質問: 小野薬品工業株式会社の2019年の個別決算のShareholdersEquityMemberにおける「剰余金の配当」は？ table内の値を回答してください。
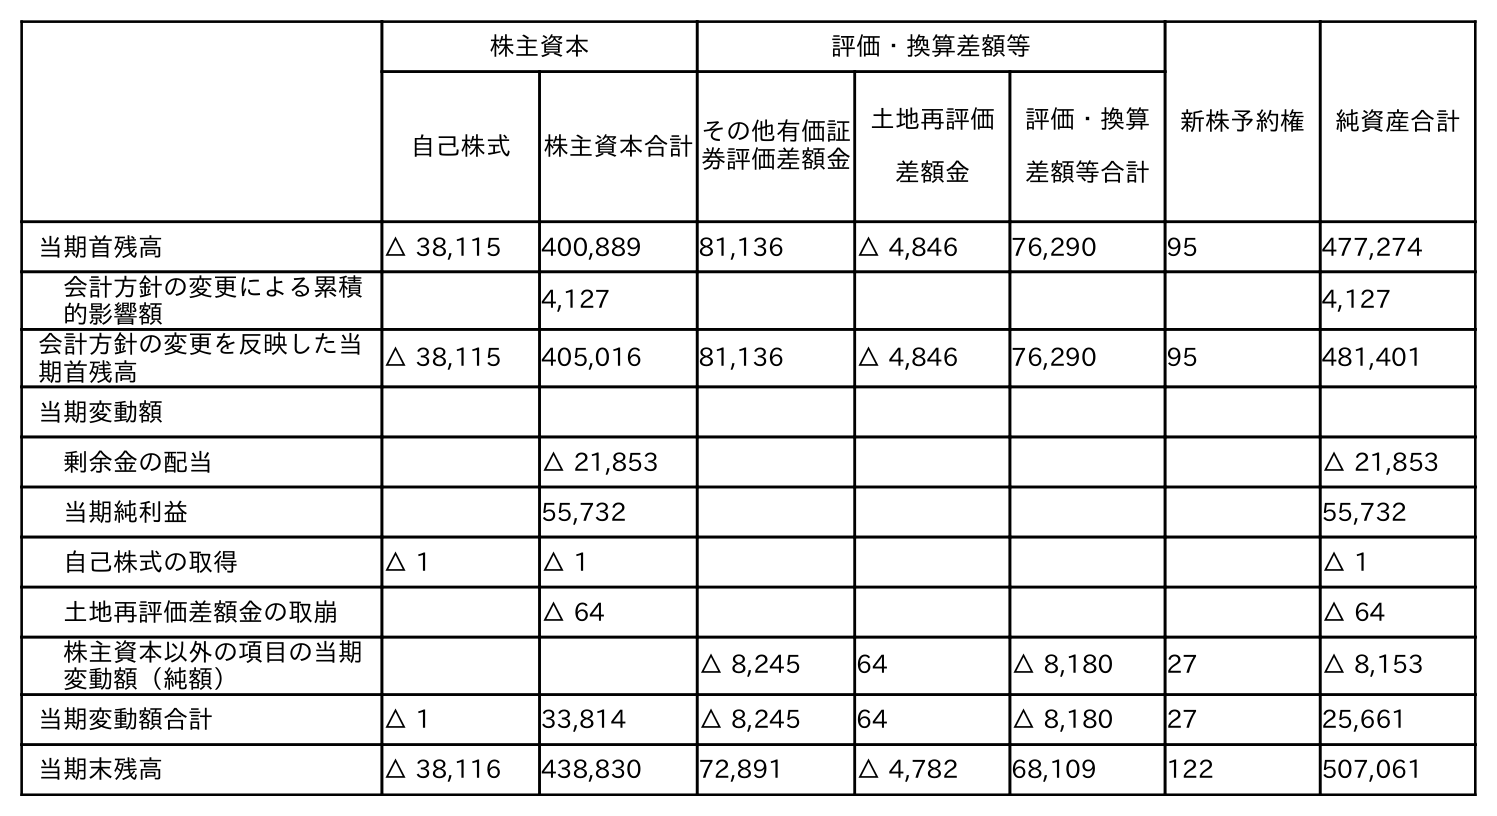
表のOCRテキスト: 株主資本 評価・換算差額等 新株予約権 純資産合計 自己株式 株主資本合計その他有価証 券評価差額金 土地再評価 差額金 評価・換算 差額等合計 当期首残高 △ 38,115 400,889 81,136 △ 4,846 76,290 95 477,274 会計方針の変更による累積 的影響額 4,127 4,127 会計方針の変更を反映した当 期首残高 △ 38,115 405,016 81,136 △ 4,846 76,290 95 481,401 当期変動額 剰余金の配当 △ 21,853 △ 21,853 当期純利益 55,732 55,732 自己株式の取得 △ 1 △ 1 △ 1 土地再評価差額金の取崩 △ 64 △ 64 株主資本以外の項目の当期 変動額（純額） △ 8,245 64 △ 8,180 27 △ 8,153 当期変動額合計 △ 1 33,814 △ 8,245 64 △ 8,180 27 25,661 当期末残高 △ 38,116 438,830 72,891 △ 4,782 68,109 122 507,061
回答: △21,853